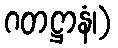
ဂတဋ္ဌာနံ၊)